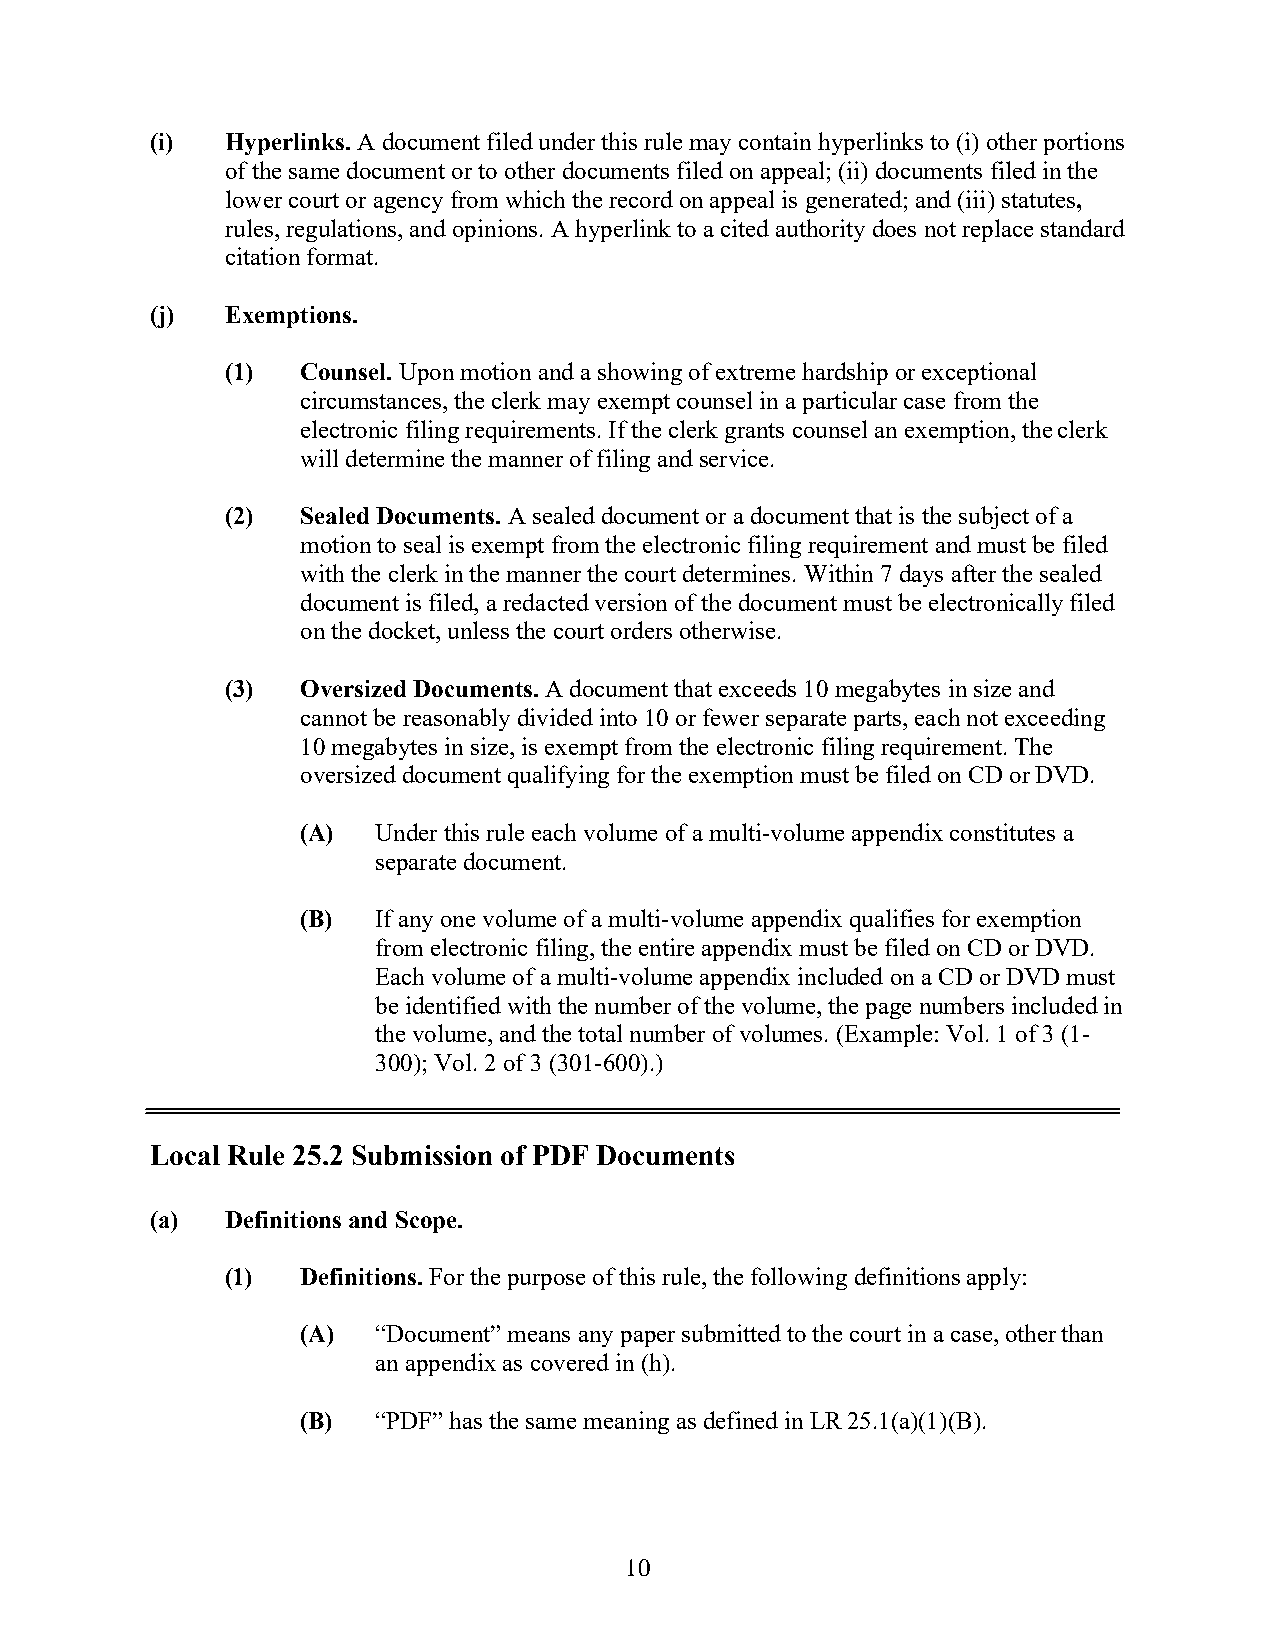
(i)  Hyperlinks. A document filed under this rule may contain hyperlinks to (i) other portions
 of the same document or to other documents filed on appeal; (ii) documents filed in the
 lower court or agency from which the record on appeal is generated; and (iii) statutes,
 rules, regulations, and opinions. A hyperlink to a cited authority does not replace standard
 citation format.
 (j)  Exemptions.
 (1)  Counsel. Upon motion and a showing of extreme hardship or exceptional
 circumstances, the clerk may exempt counsel in a particular case from the
 electronic filing requirements. If the clerk grants counsel an exemption, the clerk
 will determine the manner of filing and service.
 (2)  Sealed Documents. A sealed document or a document that is the subject of a
 motion to seal is exempt from the electronic filing requirement and must be filed
 with the clerk in the manner the court determines. Within 7 days after the sealed
 document is filed, a redacted version of the document must be electronically filed
 on the docket, unless the court orders otherwise.
 (3)  Oversized Documents. A document that exceeds 10 megabytes in size and
 cannot be reasonably divided into 10 or fewer separate parts, each not exceeding
 10 megabytes in size, is exempt from the electronic filing requirement. The
 oversized document qualifying for the exemption must be filed on CD or DVD.
 (A)  Under this rule each volume of a multi-volume appendix constitutes a
 separate document.
 (B)  If any one volume of a multi-volume appendix qualifies for exemption
 from electronic filing, the entire appendix must be filed on CD or DVD.
 Each volume of a multi-volume appendix included on a CD or DVD must
 be identified with the number of the volume, the page numbers included in
 the volume, and the total number of volumes. (Example: Vol. 1 of 3 (1-
 300); Vol. 2 of 3 (301-600).)
 Local Rule 25.2 Submission of PDF Documents
 (a)  Definitions and Scope.
 (1)  Definitions. For the purpose of this rule, the following definitions apply:
 (A)  “Document” means any paper submitted to the court in a case, other than
 an appendix as covered in (h).
 (B)  “PDF” has the same meaning as defined in LR 25.1(a)(1)(B).
 10